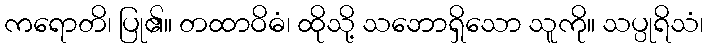
ကရောတိ၊ ပြု၏။ တထာဝိဓံ၊ ထိုသို့ သဘောရှိသော သူကို။ သပ္ပုရိသံ၊